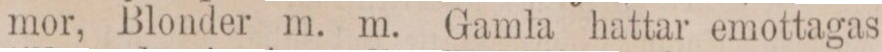
mor, Blonder m. m. Gamla hattar emottagas